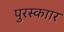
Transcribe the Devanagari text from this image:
पुरस्काार